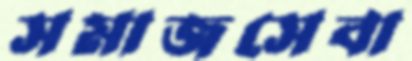
সমাজসেবা